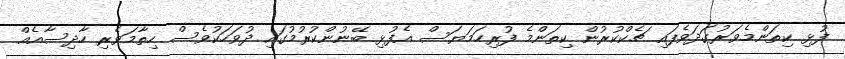
ފުޅި ކިތަންމެވަރުގަދަވެފައި ޗެކްކުރުން ކިތަންމެ ފުރިހަމަޔަސް އެފުޅި ބޭނުންކުރުމުގައި ދުވަހަކުވެސް ހިތާމަވެރި ހާދިސާއެއް